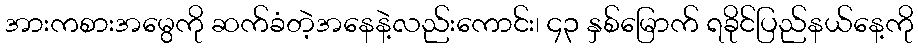
အားကစားအမွေကို ဆက်ခံတဲ့အနေနဲ့လည်းကောင်း၊ ၄၃ နှစ်မြောက် ရခိုင်ပြည်နယ်နေ့ကို